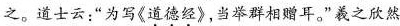
之。道士云；”为写《道德经》，当举解相断耳，”羲之欣然